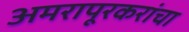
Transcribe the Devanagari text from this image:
अमरापूरकरांचा